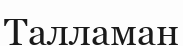
Талламан